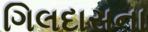
ગિલદાસના